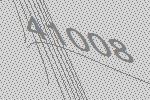
41008